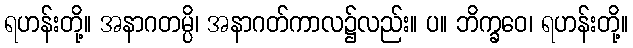
ရဟန်းတို့။ အနာဂတမ္ပိ၊ အနာဂတ်ကာလ၌လည်း။ ပ။ ဘိက္ခဝေ၊ ရဟန်းတို့။